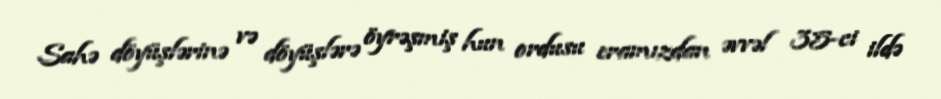
Sahə döyüşlərinə və döyüşlərə öyrəşmiş hun ordusu eramızdan əvvəl 35-ci ildə